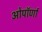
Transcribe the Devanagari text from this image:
ओपॉर्णा